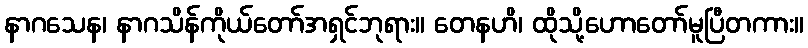
နာဂသေန၊ နာဂသိန်ကိုယ်တော်အရှင်ဘုရား။ တေနဟိ၊ ထိုသို့ဟောတော်မူပြီတကား။